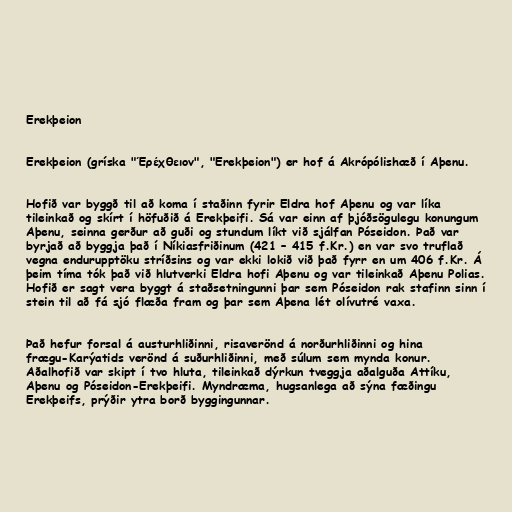
Erekþeion

Erekþeion (gríska "Έρέχθειον", "Erekþeion") er hof á Akrópólishæð í Aþenu.

Hofið var byggð til að koma í staðinn fyrir Eldra hof Aþenu og var líka
tileinkað og skírt í höfuðið á Erekþeifi. Sá var einn af þjóðsögulegu konungum
Aþenu, seinna gerður að guði og stundum líkt við sjálfan Póseidon. Það var
byrjað að byggja það í Níkiasfriðinum (421 – 415 f.Kr.) en var svo truflað
vegna endurupptöku stríðsins og var ekki lokið við það fyrr en um 406 f.Kr. Á
þeim tíma tók það við hlutverki Eldra hofi Aþenu og var tileinkað Aþenu Polias.
Hofið er sagt vera byggt á staðsetningunni þar sem Póseidon rak stafinn sinn í
stein til að fá sjó flæða fram og þar sem Aþena lét olívutré vaxa.

Það hefur forsal á austurhliðinni, risaverönd á norðurhliðinni og hina
frægu-Karýatids verönd á suðurhliðinni, með súlum sem mynda konur.
Aðalhofið var skipt í tvo hluta, tileinkað dýrkun tveggja aðalguða Attíku,
Aþenu og Póseidon-Erekþeifi. Myndræma, hugsanlega að sýna fæðingu
Erekþeifs, prýðir ytra borð byggingunnar.